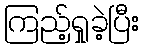
ကြည့်ရှုခဲ့ပြီး